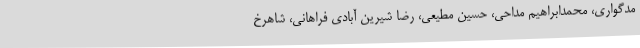
مدگواری، محمدابراهیم مداحی، حسین مطیعی، رضا شیرین آبادی فراهانی، شاهرخ